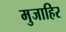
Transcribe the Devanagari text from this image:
मुजाहिर